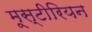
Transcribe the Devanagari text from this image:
मूस्टीरियन